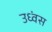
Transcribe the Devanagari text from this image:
उध्वंस